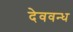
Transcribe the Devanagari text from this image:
देववन्ध